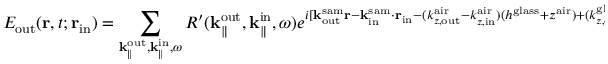
E _ { \mathrm { o u t } } ( { \bf r } , t ; { \bf r } _ { \mathrm { i n } } ) = \sum _ { { \bf k } _ { \parallel } ^ { \mathrm { o u t } } , { \bf k } _ { \parallel } ^ { \mathrm { i n } } , \omega } R ^ { \prime } ( { \bf k } _ { \parallel } ^ { \mathrm { o u t } } , { \bf k } _ { \parallel } ^ { \mathrm { i n } } , \omega ) e ^ { i [ { \bf k } _ { \mathrm { o u t } } ^ { \mathrm { s a m } } { \bf r } - { \bf k } _ { \mathrm { i n } } ^ { \mathrm { s a m } } \cdot { \bf r } _ { \mathrm { i n } } - ( k _ { z , \mathrm { o u t } } ^ { \mathrm { a i r } } - k _ { z , \mathrm { i n } } ^ { \mathrm { a i r } } ) ( h ^ { \mathrm { g l a s s } } + z ^ { \mathrm { a i r } } ) + ( k _ { z , \mathrm { o u t } } ^ { \mathrm { g l a s s } } - k _ { z , \mathrm { i n } } ^ { \mathrm { g l a s s } } ) h ^ { \mathrm { g l a s s } } - i \omega t ] } .